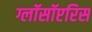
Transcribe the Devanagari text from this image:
ग्लॉसॉप्टरिस